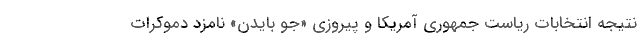
نتیجه انتخابات ریاست جمهوری آمریکا و پیروزی «جو بایدن» نامزد دموکرات